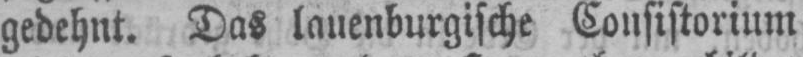
gedehnt. Das lauenburgische Consistorium